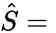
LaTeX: {\hat{S}}={}